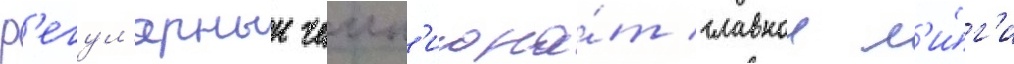
Р'егул'ярныи чемп'иона́т главнои л'и́г'и